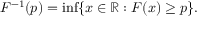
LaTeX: F ^ { - 1 } ( p ) = \operatorname* { i n f } \{ x \in \mathbb { R } : F ( x ) \geq p \} .